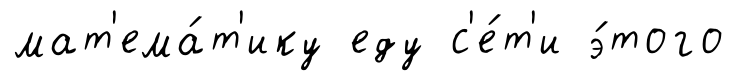
мат'ема́т'ику еду с'е́т'и э́того